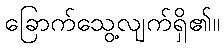
ခြောက်သွေ့လျက်ရှိ၏။